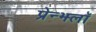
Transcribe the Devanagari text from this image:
प्रेन्झ्लॉ